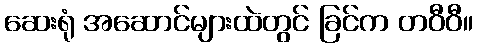
ဆေးရုံ အဆောင်များထဲတွင် ခြင်က တဝီဝီ။